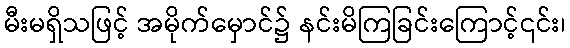
မီးမရှိသဖြင့် အမိုက်မှောင်၌ နင်းမိကြခြင်းကြောင့်၎င်း၊